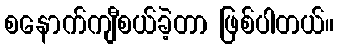
စနောက်ကျီစယ်ခဲ့တာ ဖြစ်ပါတယ်။